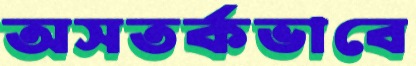
অসতর্কভাবে